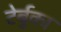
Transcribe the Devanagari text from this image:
टेर्बुका